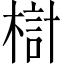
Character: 𣖟